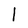
Character: l